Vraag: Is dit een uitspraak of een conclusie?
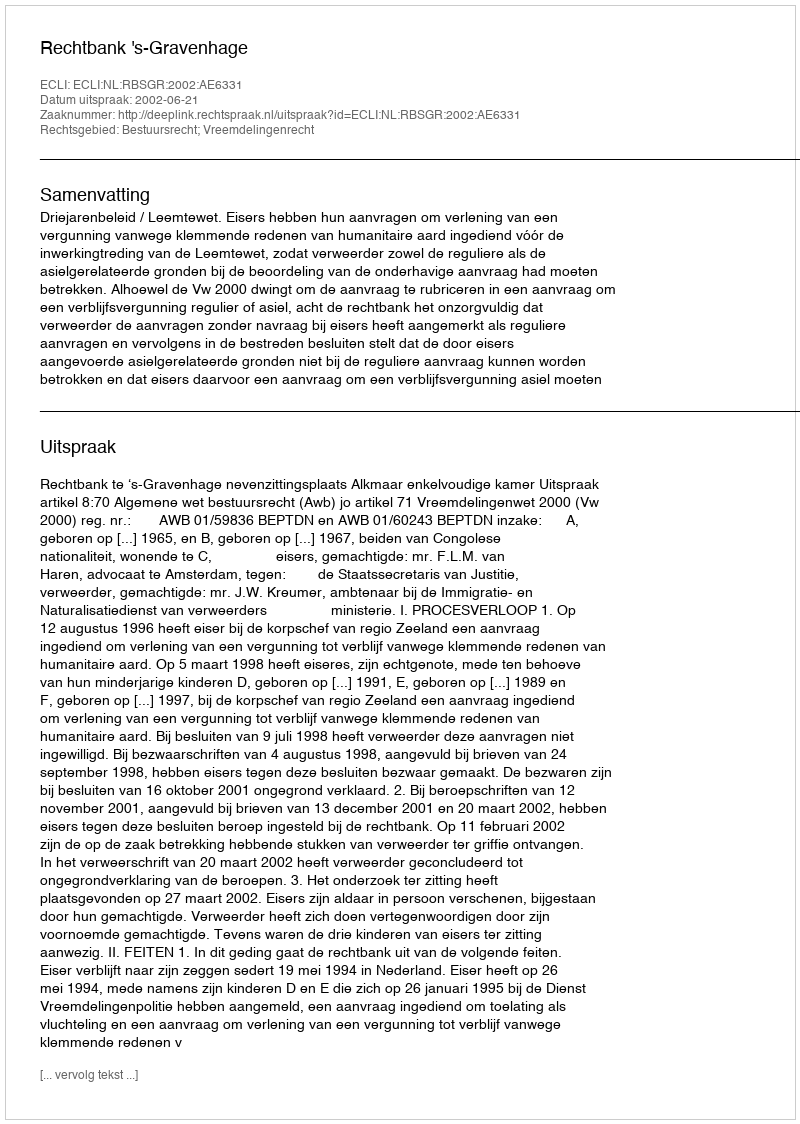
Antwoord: Uitspraak